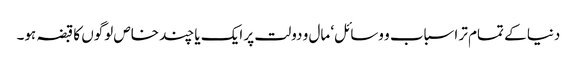
دنیا کے تمام تر اسباب و وسائل‘ مال و دولت پر ایک یا چند خاص لوگوں کا قبضہ ہو۔